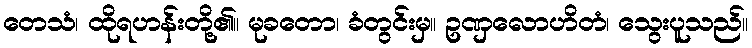
တေသံ၊ ထိုရဟန်းတို့၏။ မုခတော၊ ခံတွင်းမှ။ ဥဏှလောဟိတံ၊ သွေးပူသည်။